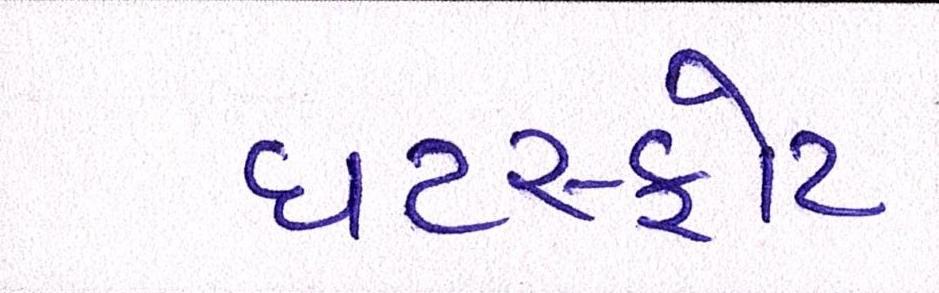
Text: ઘટસ્ફોટ